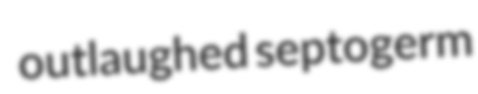
outlaughed septogerm